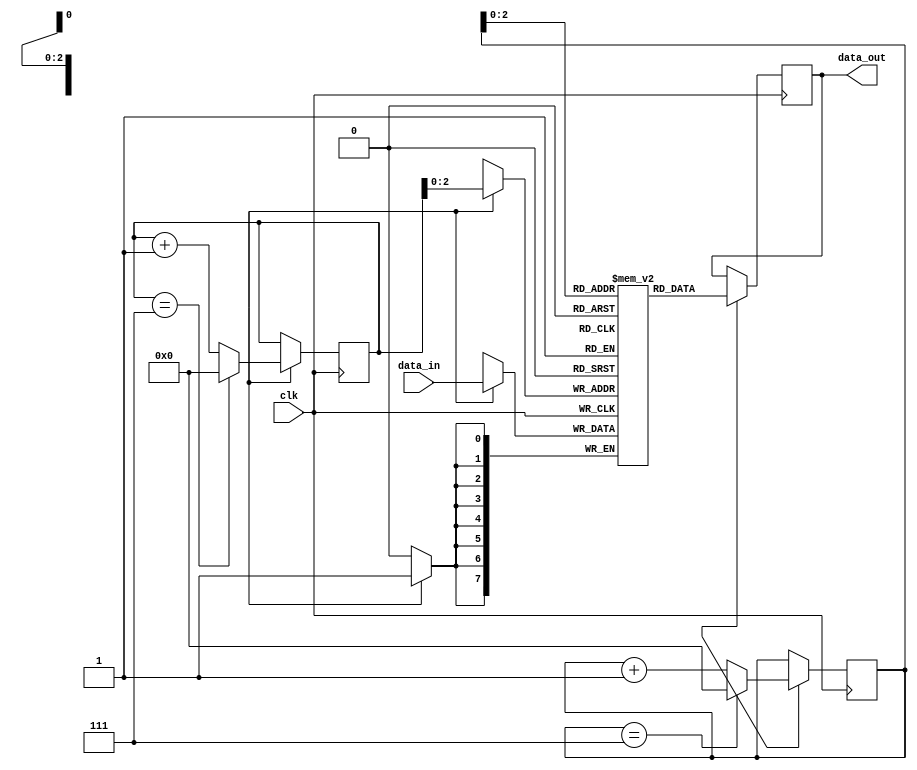
module fifo_buffer(
    input wire clk,
    input wire [7:0] data_in,
    output reg [7:0] data_out
);

parameter BUFFER_SIZE = 8;
reg [7:0] mem [0:BUFFER_SIZE-1]; // internal memory array

reg [3:0] write_ptr = 0; // write pointer
reg [3:0] read_ptr = 0; // read pointer

always @(posedge clk) begin
    // Write data into buffer
    if (write_enable) begin
        mem[write_ptr] <= data_in;
        write_ptr <= (write_ptr == BUFFER_SIZE-1) ? 0 : write_ptr + 1;
    end

    // Read data from buffer
    if (read_enable) begin
        data_out <= mem[read_ptr];
        read_ptr <= (read_ptr == BUFFER_SIZE-1) ? 0 : read_ptr + 1;
    end
end

endmodule